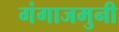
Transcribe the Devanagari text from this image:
गंगाजमुनी